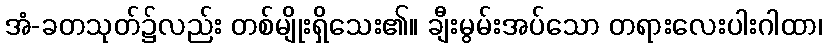
အံ-ခတသုတ်၌လည်း တစ်မျိုးရှိသေး၏။ ချီးမွမ်းအပ်သော တရားလေးပါးဂါထာ၊